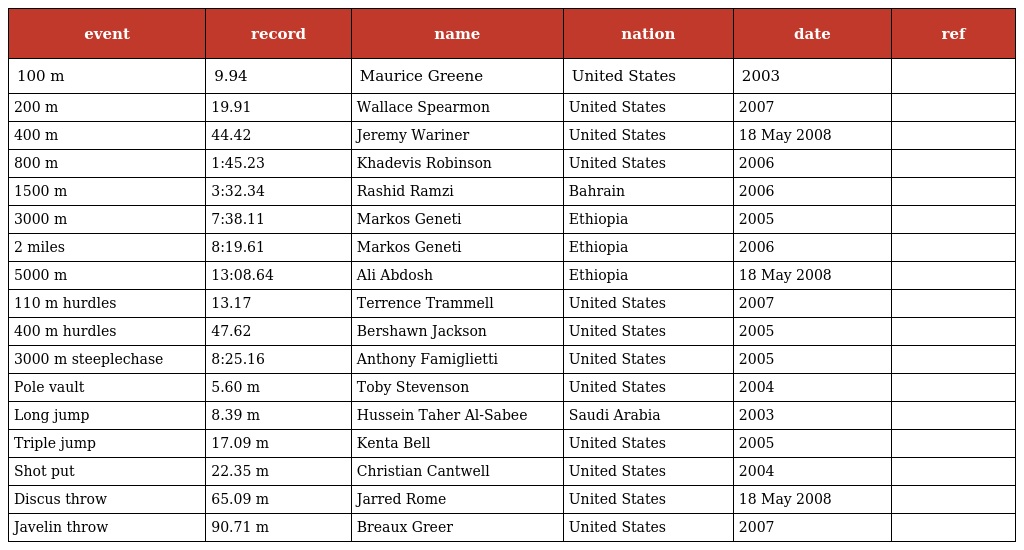
| event | record | name | nation | date | ref |
 | --- | --- | --- | --- | --- | --- |
 | 100 m | 9.94 | Maurice Greene | United States | 2003 |  |
 | 200 m | 19.91 | Wallace Spearmon | United States | 2007 |  |
 | 400 m | 44.42 | Jeremy Wariner | United States | 18 May 2008 |  |
 | 800 m | 1:45.23 | Khadevis Robinson | United States | 2006 |  |
 | 1500 m | 3:32.34 | Rashid Ramzi | Bahrain | 2006 |  |
 | 3000 m | 7:38.11 | Markos Geneti | Ethiopia | 2005 |  |
 | 2 miles | 8:19.61 | Markos Geneti | Ethiopia | 2006 |  |
 | 5000 m | 13:08.64 | Ali Abdosh | Ethiopia | 18 May 2008 |  |
 | 110 m hurdles | 13.17 | Terrence Trammell | United States | 2007 |  |
 | 400 m hurdles | 47.62 | Bershawn Jackson | United States | 2005 |  |
 | 3000 m steeplechase | 8:25.16 | Anthony Famiglietti | United States | 2005 |  |
 | Pole vault | 5.60 m | Toby Stevenson | United States | 2004 |  |
 | Long jump | 8.39 m | Hussein Taher Al-Sabee | Saudi Arabia | 2003 |  |
 | Triple jump | 17.09 m | Kenta Bell | United States | 2005 |  |
 | Shot put | 22.35 m | Christian Cantwell | United States | 2004 |  |
 | Discus throw | 65.09 m | Jarred Rome | United States | 18 May 2008 |  |
 | Javelin throw | 90.71 m | Breaux Greer | United States | 2007 |  |